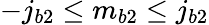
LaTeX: -j_{b2}\leq m_{b2}\leq j_{b2}